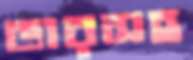
ভারসহ